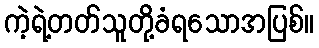
ကဲ့ရဲ့တတ်သူတို့ခံရသောအပြစ်။